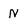
Character: N